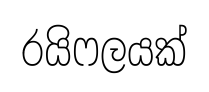
රයිෆලයක්